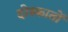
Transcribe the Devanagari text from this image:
दोस्कातों